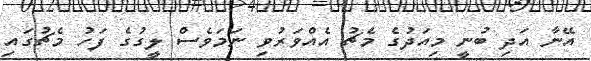
އޭނާ އަދި ބުނީ މިއަދުގެ މެޗު އެއްވަރުވި ނަމަވެސް ލީގުގެ ފަހު މެޗުގައި